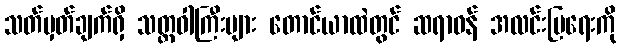
သတ်မှတ်ချက်ရှိ သတ္တဝါကြီးများ တောင်ယာထဲတွင် ဆရာဝန် အလင်းပြရေးကို